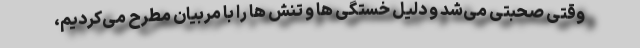
وقتی صحبتی می‌شد و دلیل خستگی ها و تنش ها را با مربیان مطرح می‌کردیم،